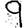
Digit: 9